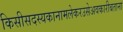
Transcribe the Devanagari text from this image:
किसीसदस्यकानामलेकरउसेअवकारीबताना